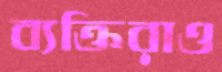
ব্যক্তিরাও